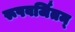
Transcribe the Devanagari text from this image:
रूपवर्जितम्